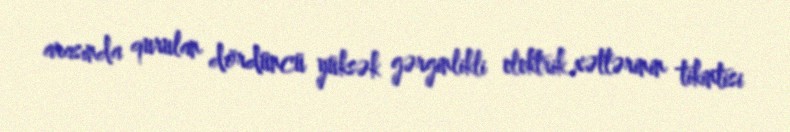
arasında qurulan dördüncü yüksək gərginlikli elektrik xətlərinin tikintisi